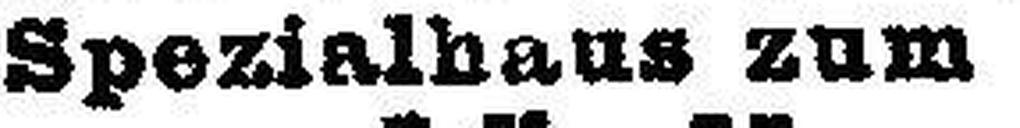
Spezialhaus zum